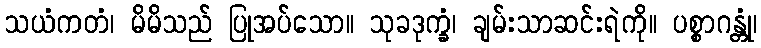
သယံကတံ၊ မိမိသည် ပြုအပ်သော။ သုခဒုက္ခံ၊ ချမ်းသာဆင်းရဲကို။ ပစ္စာဂန္တုံ၊